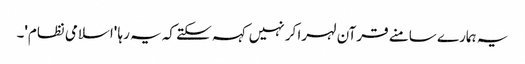
یہ ہمارے سامنے قرآن لہرا کر نہیں کہہ سکتے کہ یہ رہا 'اسلامی نظام'۔